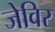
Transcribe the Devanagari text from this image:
जेविर